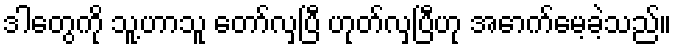
ဒါတွေကို သူ့ဟာသူ တော်လှပြီ ဟုတ်လှပြီဟု အောက်မေ့ခဲ့သည်။